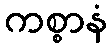
ကစ္စာနံ